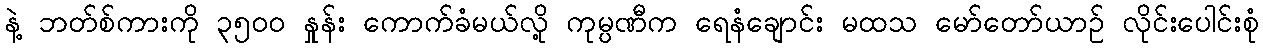
နဲ့ ဘတ်စ်ကားကို ၃၅၀၀ နှုန်း ကောက်ခံမယ်လို့ ကုမ္ပဏီက ရေနံချောင်း မထသ မော်တော်ယာဉ် လိုင်းပေါင်းစုံ